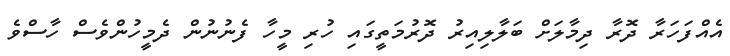
އެއްފަހަރާ ދޮރާ ދިމާލަށް ބަލާލިއިރު ދޮރުމަތީގައި ހުރި މީހާ ފެނުނުން ދެމީހުންވެސް ހާސްވެ